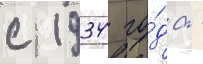
с 1934 го́да -